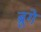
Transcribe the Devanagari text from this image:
ब्रुगे